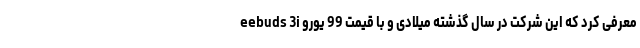
eebuds 3i معرفی کرد که این شرکت در سال گذشته میلادی و با قیمت 99 یورو